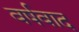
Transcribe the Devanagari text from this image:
वर्षवाद